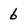
Character: 6